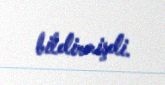
bildirmişdi.